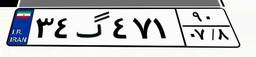
۳۴گ۴۷۱۹۰